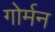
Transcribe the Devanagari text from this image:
गोर्मन